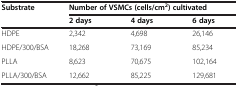
<table><thead><tr><td rowspan="2"><b>Substrate</b></td><td colspan="3"><b>Number of VSMCs (cells/cm<sup>2</sup>) cultivated</b></td></tr><tr><td><b>2 days</b></td><td><b>4 days</b></td><td><b>6 days</b></td></tr></thead><tbody><tr><td>HDPE</td><td>2,342</td><td>4,698</td><td>26,146</td></tr><tr><td>HDPE/300/BSA</td><td>18,268</td><td>73,169</td><td>85,234</td></tr><tr><td>PLLA</td><td>8,623</td><td>70,675</td><td>102,164</td></tr><tr><td>PLLA/300/BSA</td><td>12,662</td><td>85,225</td><td>129,681</td></tr></tbody></table>